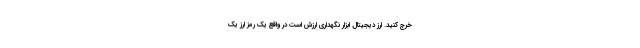
خرج کنید. ارز دیجیتال ابزار نگهداری ارزش است در واقع یک رمز ارز یک